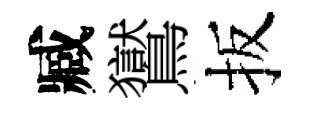
臧鸑扳